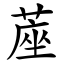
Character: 蓙